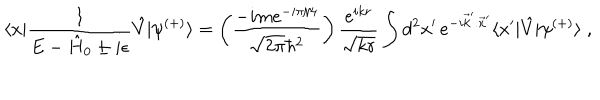
\langle x | \frac { 1 } { E - \hat { H } _ { 0 } \pm i \epsilon } \hat { V } | \psi ^ { ( + ) } \rangle = \left( \frac { - i m e ^ { - i \pi / 4 } } { \sqrt { 2 \pi } \hbar ^ { 2 } } \right) \frac { e ^ { i k r } } { \sqrt { k r } } \int d ^ { 2 } x ^ { \prime } \, e ^ { - i \vec { k } ^ { \prime } . \vec { x } ^ { \prime } } \langle x ^ { \prime } | \hat { V } | \psi ^ { ( + ) } \rangle \; ,